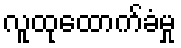
လူထုထောက်ခံမှု